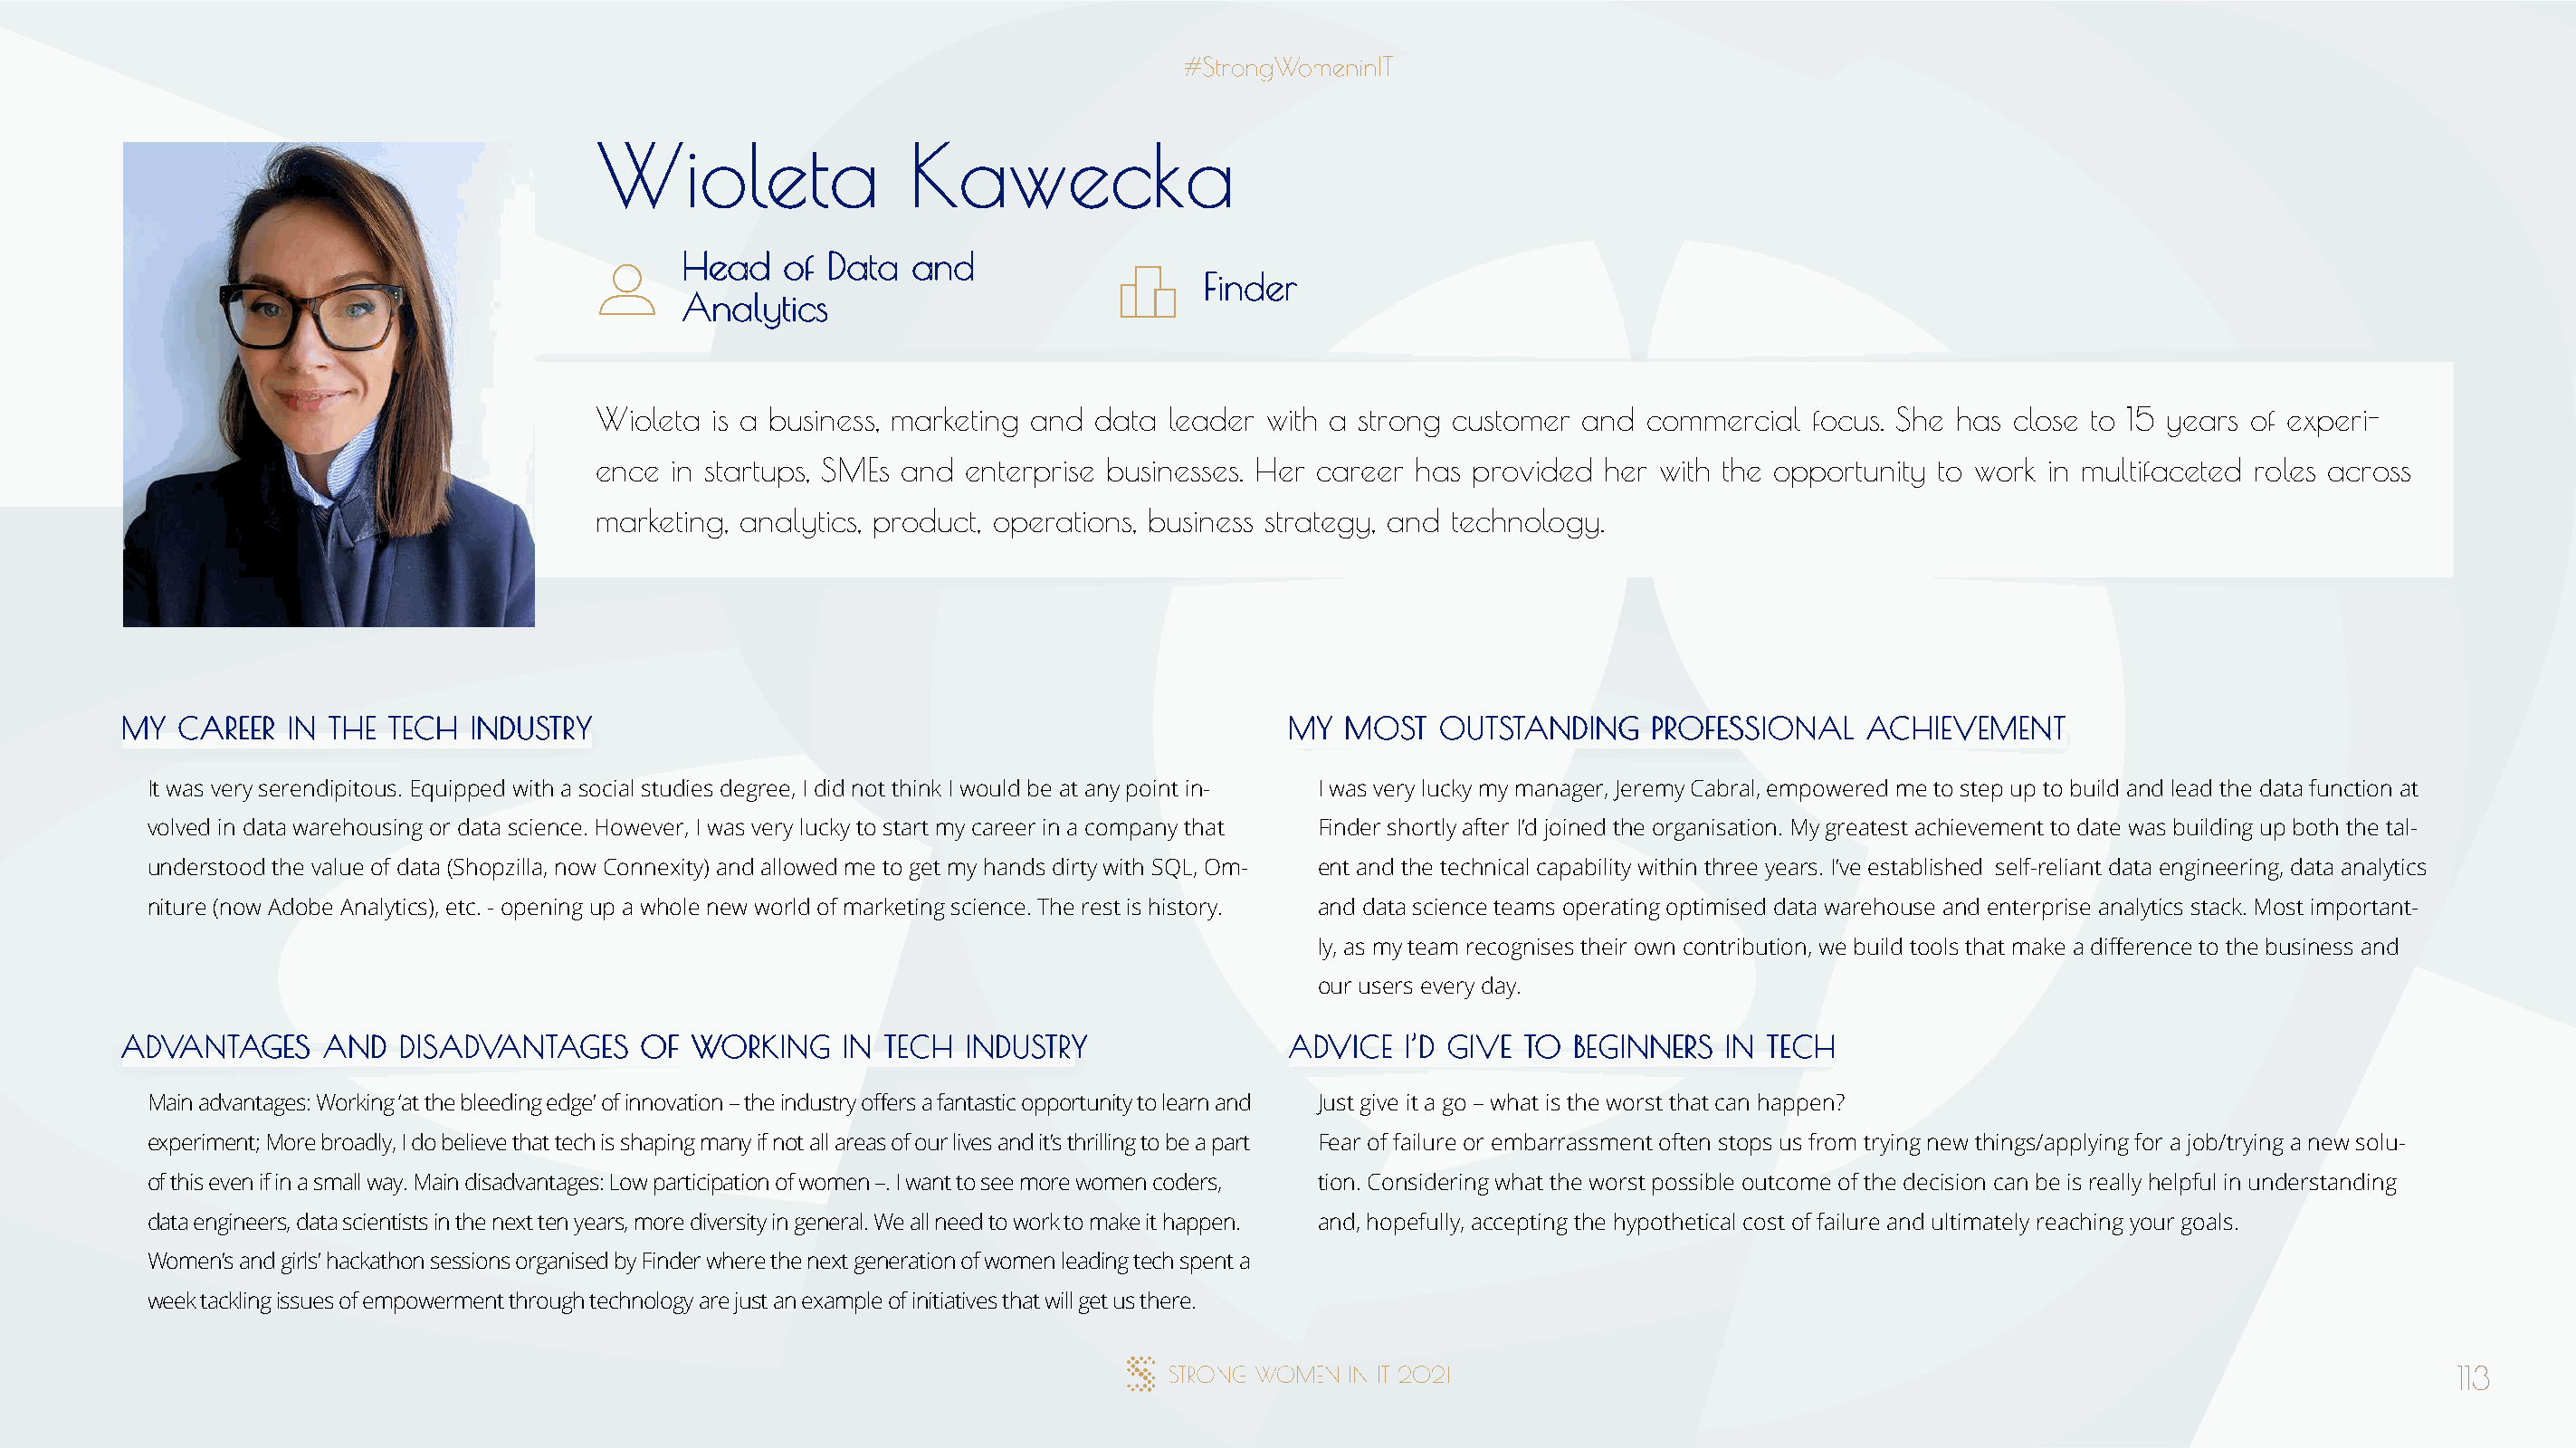
WWiioolleettaa         KKaawweecckkaa
 HHeeaadd ooff DDaattaa aanndd
 FFiinnddeerr
 AAnnaallyyttiiccss
 Wioleta is a business, marketing and data leader with a strong customer and commercial   focus. She has close to 15 years of experi-
 ence in startups, SMEs and enterprise businesses. Her career has provided her with the opportunity to work in multifaceted roles across
 marketing, analytics, product, operations, business strategy, and technology.
 MMYY CCAARREEEERR IINN TTHHEE TTEECCHH IINNDDUUSSTTRRYY                              MMYY MMOOSSTT OOUUTTSSTTAANNDDIINNGG PPRROOFFEESSSSIIOONNAALL AACCHHIIEEVVEEMMEENNTT
 It was very serendipitous. Equipped with a social studies degree, I did not think I would be at any point in- I was very lucky my manager, Jeremy Cabral, empowered me to step up to build and lead the data function at
 volved in data warehousing or data science. However, I was very lucky to start my career in a company that Finder shortly after I’d joined the organisation. My greatest achievement to date was building up both the tal-
 understood the value of data (Shopzilla, now Connexity) and allowed me to get my hands dirty with SQL, Om- ent and the technical capability within three years. I’ve established self-reliant data engineering, data analytics
 niture (now Adobe Analytics), etc. - opening up a whole new world of marketing science. The rest is history. and data science teams operating optimised data warehouse and enterprise analytics stack. Most important-
 ly, as my team recognises their own contribution, we build tools that make a difference to the business and
 our users every day.
 AADDVVAANNTTAAGGEESS AANNDD DDIISSAADDVVAANNTTAAGGEESS OOFF WWOORRKKIINNGG IINN TTEECCHH IINNDDUUSSTTRRYY AADDVVIICCEE II’’DD GGIIVVEE TTOO BBEEGGIINNNNEERRSS IINN TTEECCHH
 Main advantages: Working ‘at the bleeding edge’ of innovation – the industry offers a fantastic opportunity to learn and Just give it a go – what is the worst that can happen?
 experiment; More broadly, I do believe that tech is shaping many if not all areas of our lives and it’s thrilling to be a part Fear of failure or embarrassment often stops us from trying new things/applying for a job/trying a new solu-
 of this even if in a small way. Main disadvantages: Low participation of women –. I want to see more women coders, tion. Considering what the worst possible outcome of the decision can be is really helpful in understanding
 data engineers, data scientists in the next ten years, more diversity in general. We all need to work to make it happen. and, hopefully, accepting the hypothetical cost of failure and ultimately reaching your goals.
 Women’s and girls’ hackathon sessions organised by Finder where the next generation of women leading tech spent a
 week tackling issues of empowerment through technology are just an example of initiatives that will get us there.
 113